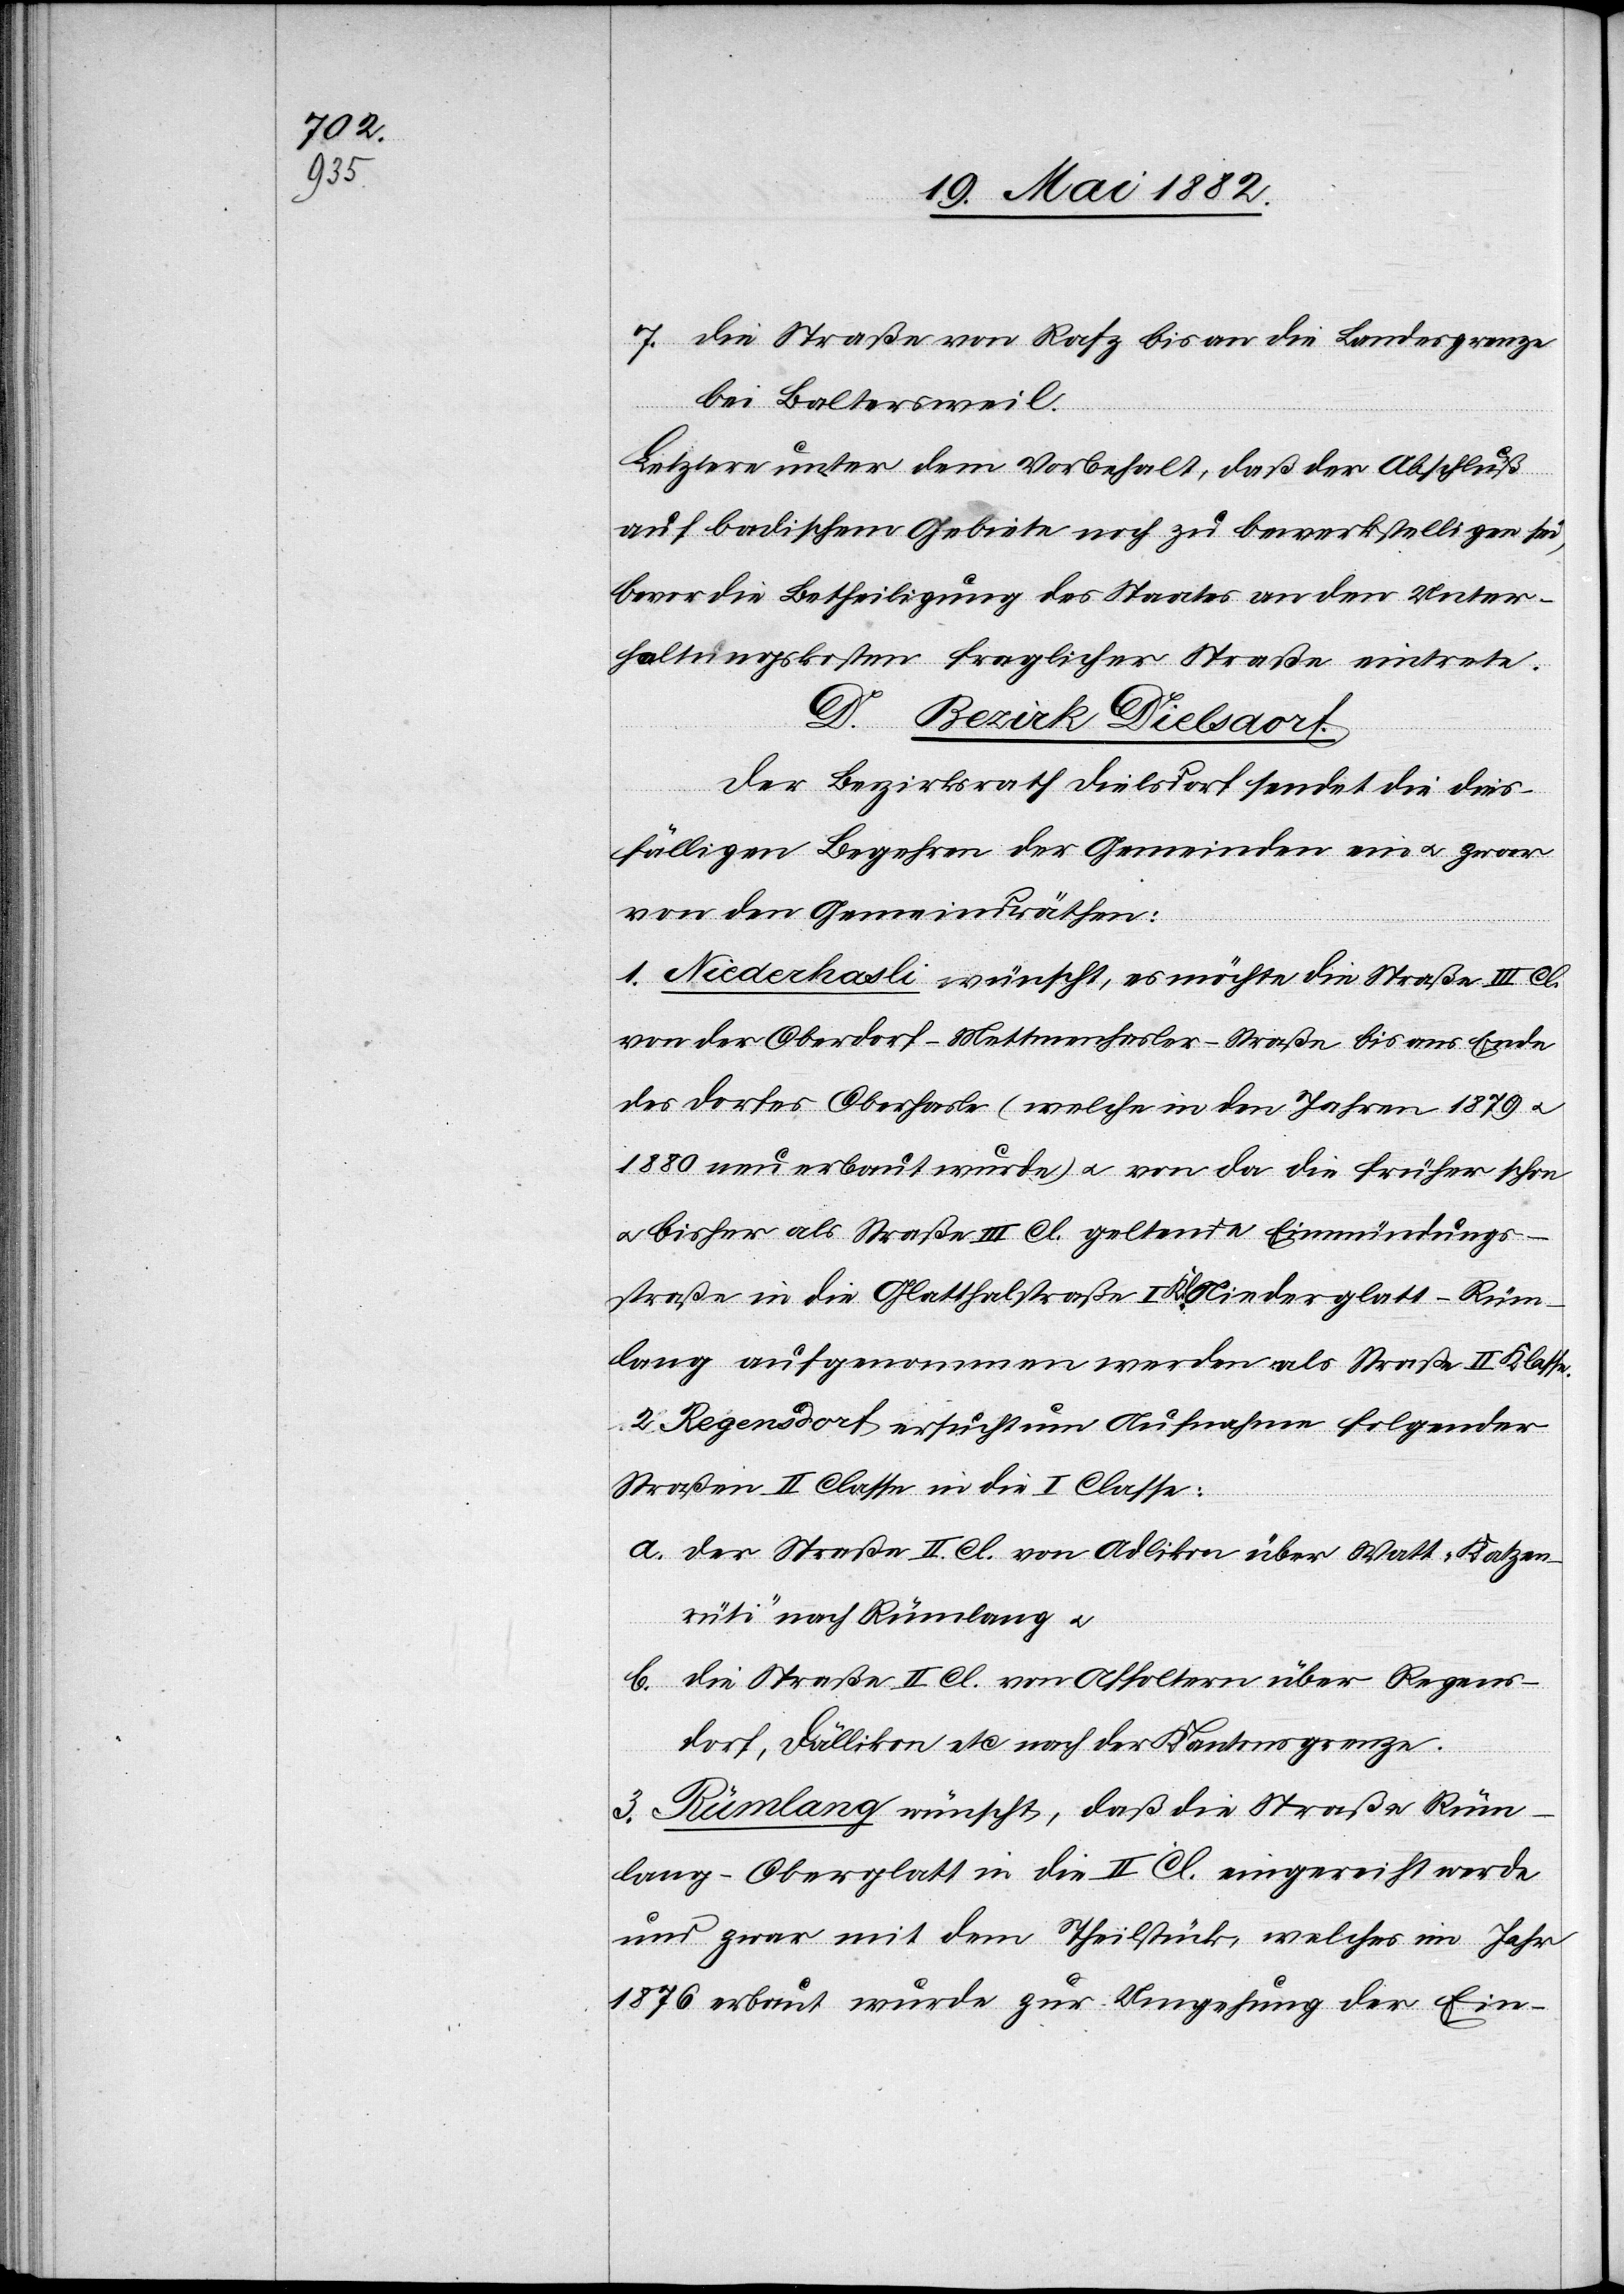
7. die Straße von Rafz bis an die Landesgrenze
bei Baltersweil.
Letztere unter dem Vorbehalt, daß der Abschluß
auf badischem Gebiete noch zu bewerkstelligen sei,
bevor die Betheiligung des Staates an den Unter¬
haltungskosten fraglicher Straße eintrete.
D. Bezirk Dielsdorf.
Der Bezirksrath Dielsdorf sendet die dies¬
fälligen Begehren der Gemeinden ein u. zwar
von den Gemeindräthen:
1. Niederhasli wünscht, es möchte die Straße III. Cl.
von der Oberdorf-Mettmenhasler-Straße bis ans Ende
des Dorfes Oberhasli (welche in den Jahren 1879 u.
1880 neu erbaut wurde) u. von da die früher schon
u. bisher als Straße III. Cl. geltende Einmündungs¬
straße in die Glatthalstraße I. Kl. Niederglatt–Rüm¬
lang aufgenommen werden als Straße[n] II. Klasse.
2. Regensdorf ersucht um Aufnahme folgender
Straßen II. Classe in die I. Classe:
a. der Straße II. Cl. von Adlikon über Watt „Katzen¬
rüti“ nach Rümlang u.
b. die Straße II. Cl. von Affoltern über Regens¬
dorf, Dällikon etc. nach der Kantonsgrenze.
3. Rümlang wünscht, daß die Straße Rüm¬
lang–Oberglatt in die II. Cl. eingereicht werde
und zwar mit dem Theilstück, welches im Jahr
1876 erbaut wurde zur Umgebung der Ein-